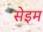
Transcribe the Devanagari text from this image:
सेइम